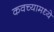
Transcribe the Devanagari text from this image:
कवच्यामध्ये